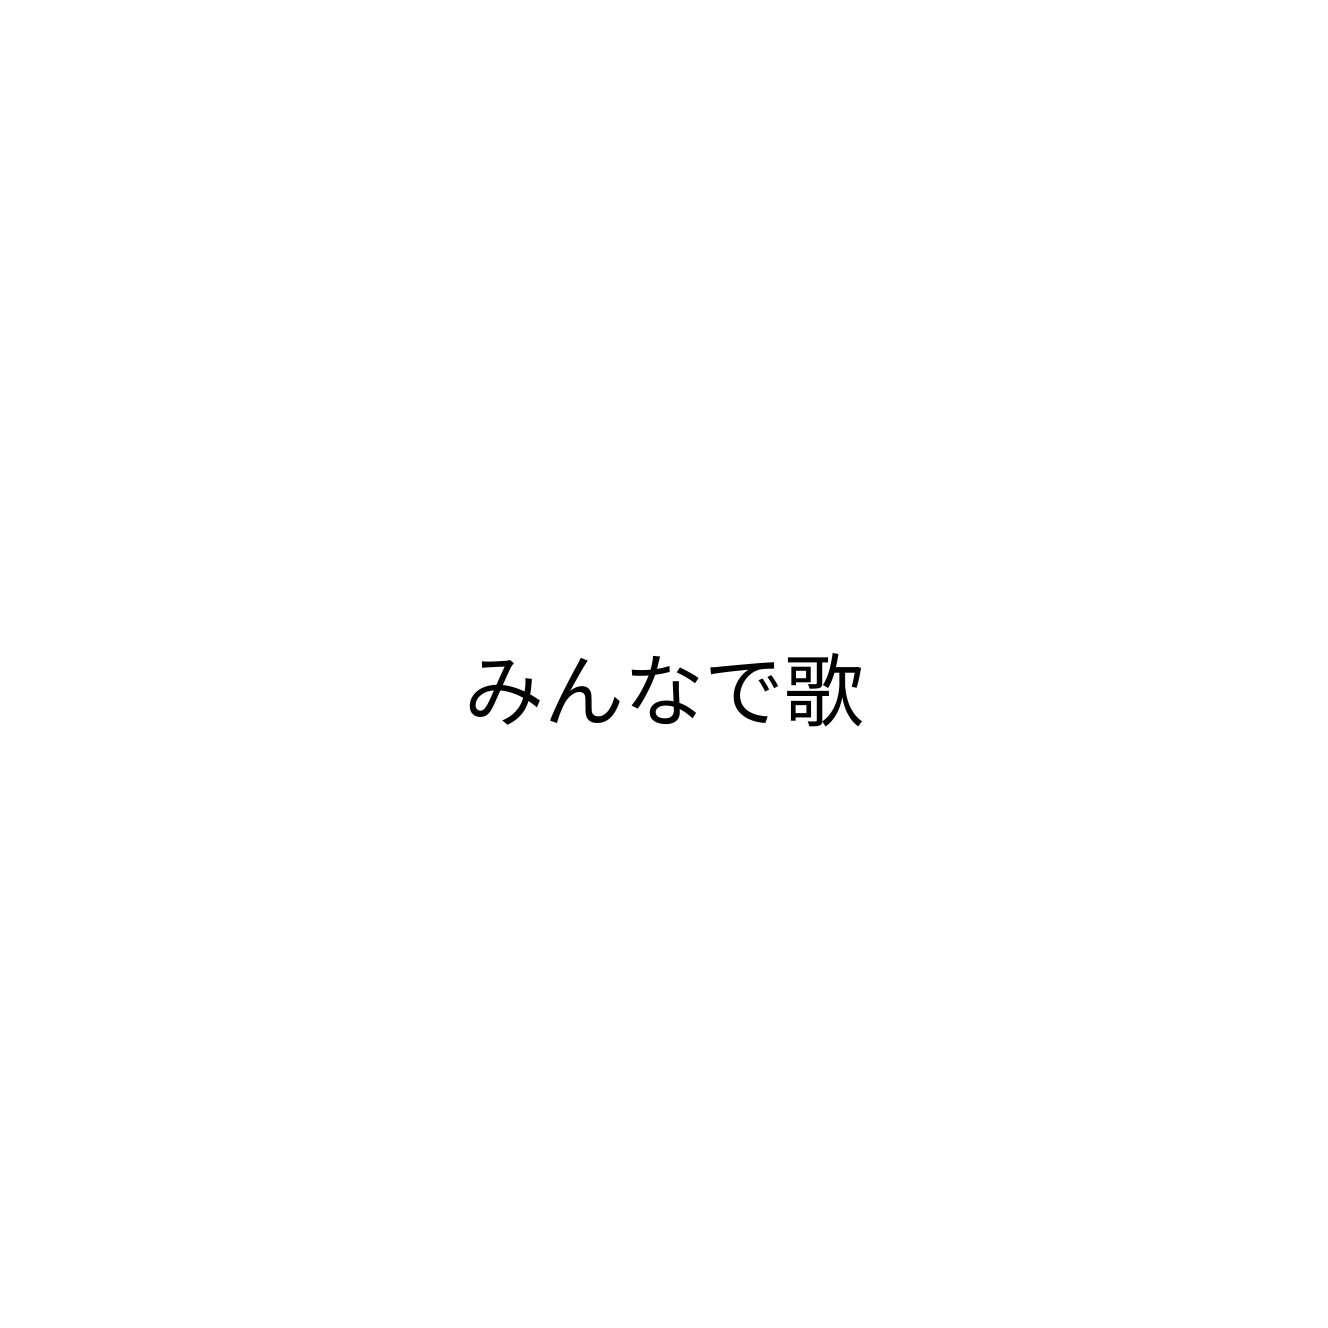
みんなで歌